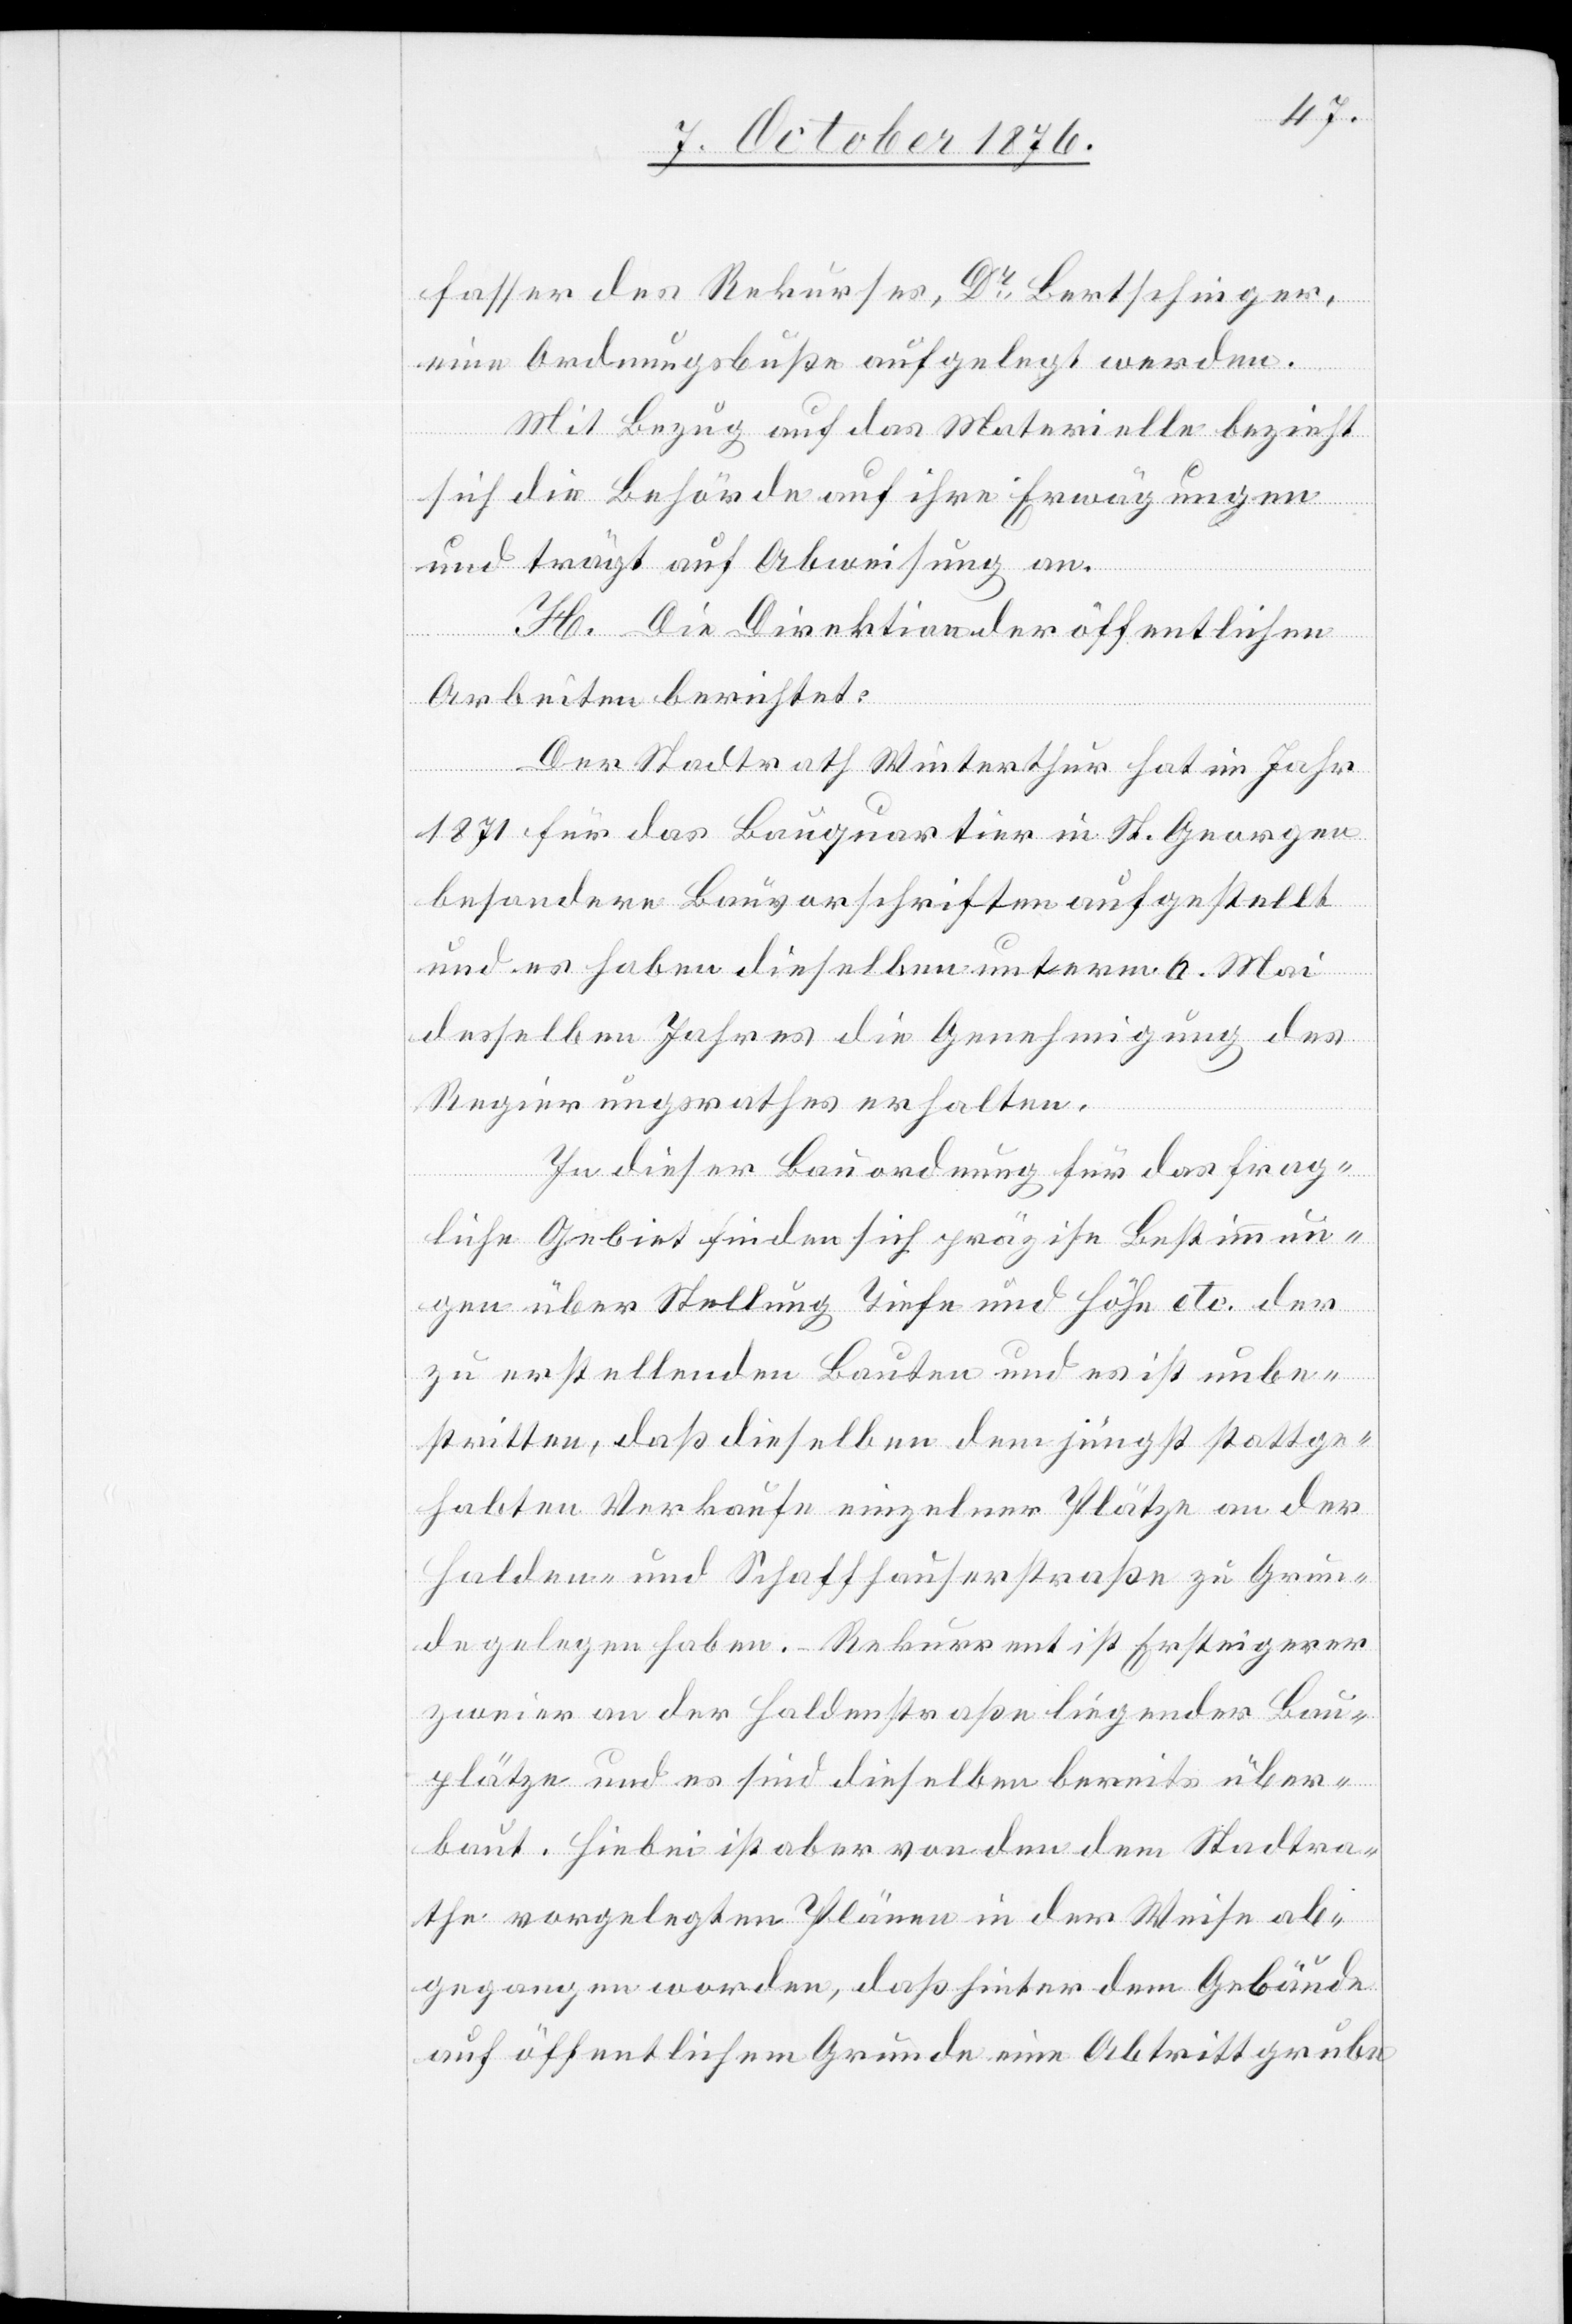
fasser des Rekurses, Dr Bertschinger,
eine Ordnungsbuße aufgelegt werden.
Mit Bezug auf das Materielle bezieht
sich die Behörde auf ihre Erwägungen
und trägt auf Abweisung an.
H. Die Direktion der öffentlichen
Arbeiten berichtet:
Der Stadtrath Winterthur hat im Jahr
1871 für das Bauquartier in St. Georgen
besondere Bauvorschriften aufgestellt
und es haben dieselben unterm 6. Mai
desselben Jahres die Genehmigung des
Regierungsrathes erhalten.
In dieser Bauordnung für das frag¬
liche Gebiet finden sich präzise Bestimmun¬
gen über Stellung Tiefe und Höhe etc. der
zu erstellenden Bauten und es ist unbe¬
stritten, daß dieselben dem jüngst stattge¬
habten Verkaufe einzelner Plätze an der
Halden- und Schaffhauserstraße zu Grun¬
de gelegen haben. Rekurrent ist Ersteigerer
zweier an der Haldenstraße liegender Bau¬
plätze und es sind dieselben bereits über¬
baut. Hiebei ist aber von den dem Stadtra¬
the vorgelegten Plänen in der Weise ab¬
gegangen worden, daß hinter dem Gebäude
auf öffentlichem Grunde eine Abtrittgrube